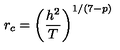
r _ { c } = \left( \frac { h ^ { 2 } } { T } \right) ^ { 1 / ( 7 - p ) }